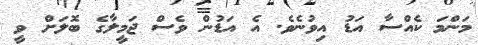
މަންމަ ކެއްސާ އަޑު އިވުނެވެ. އެ އަޑުން ވެސް ޖަމީލާގެ ބޮލަށް ވީ